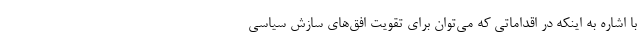
با اشاره به اینکه در اقداماتی که می‌توان برای تقویت افق‌های سازش سیاسی